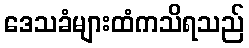
ဒေသခံများထံကသိရသည်